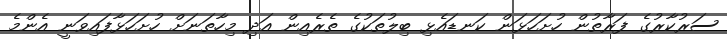
ސަރުކާރުގެ ފަރާތުން ހުށަހަޅަން ކަނޑައެޅި ބިލުތަކުގެ ތެރެއިން އަދި މިހާތަނަށް ހުށަހަޅާފައިވަނީ އެންމެ